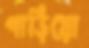
পাড়িয়ো